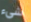
شيء